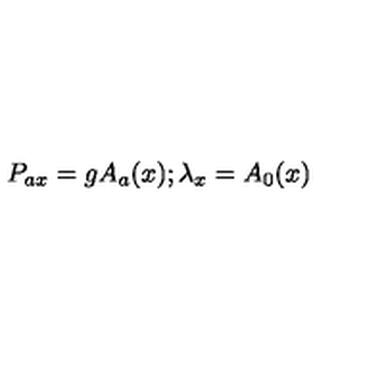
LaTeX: P _ { a x } = g A _ { a } ( x ) ; \lambda _ { x } = A _ { 0 } ( x )